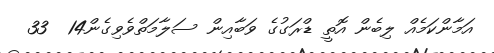
އަމާންކަމެއް ލިބެން އޮތީ ޑްރަގުގެ ވަބާއިން ސަލާމަތްވެވިގެން14  33